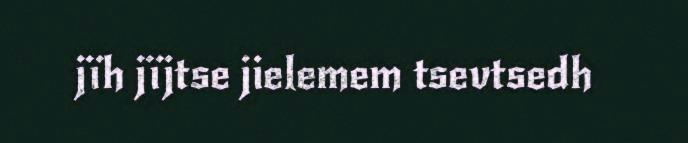
jïh jïjtse jielemem tsevtsedh